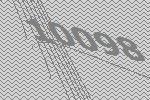
10098